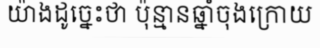
យ៉ាងដូច្នេះថា ប៉ុន្មានឆ្នាំចុងក្រោយ